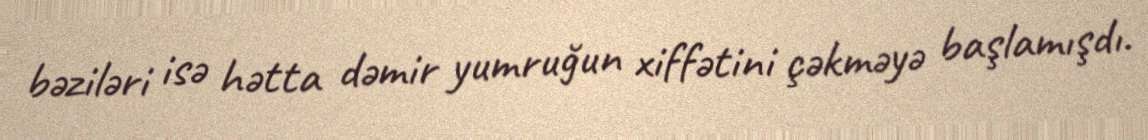
bəziləri isə hətta dəmir yumruğun xiffətini çəkməyə başlamışdı.